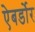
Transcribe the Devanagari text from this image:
ऐबर्डोर